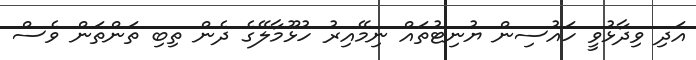
އަދި ވިދާޅުވީ ހައުސިން ޔުނިޓުތައް ނިމޭއިރު ހުޅޫމާލޭގެ ދެން ތިބި ތަންތަން ވެސް